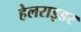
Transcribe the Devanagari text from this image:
हेलराइडर